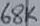
Text: 68K